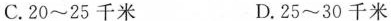
C.20~25千米 D.25~30千米